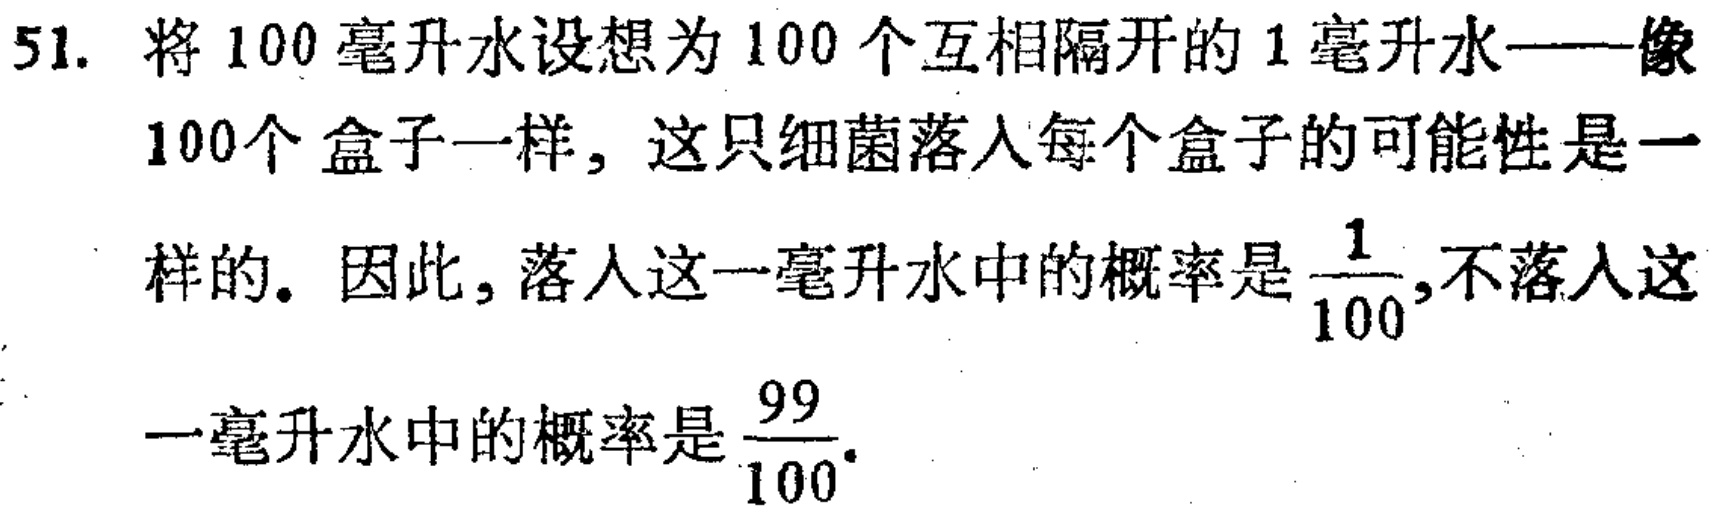
51. 将100毫升水设想为100个互相隔开的1毫升水——像100个盒子一样，这只细菌落入每个盒子的可能性是一样的。因此，落入这一毫升水中的概率是$\frac{1}{100}$,不落入这一毫升水中的概率是$\frac{99}{100}$.